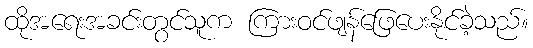
ထိုအရေးအခင်းတွင်သူက ကြားဝင်ဖျန်ဖြေပေးနိုင်ခဲ့သည်။